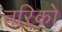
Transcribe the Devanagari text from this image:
तरिको